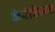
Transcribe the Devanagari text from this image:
केरेडिजन